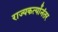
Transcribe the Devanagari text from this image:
राज्यकर्त्यांनंतर